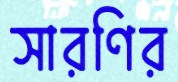
সারণির